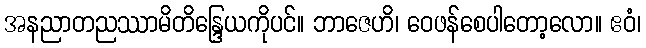
အနညာတညဿာမိတိန္ဒြေယကိုပင်။ ဘာဇေဟိ၊ ဝေဖန်စေပါတော့လော။ ဧဝံ၊